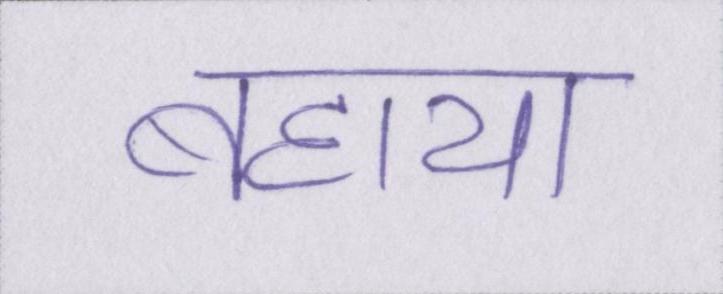
बहाया